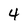
Character: 4